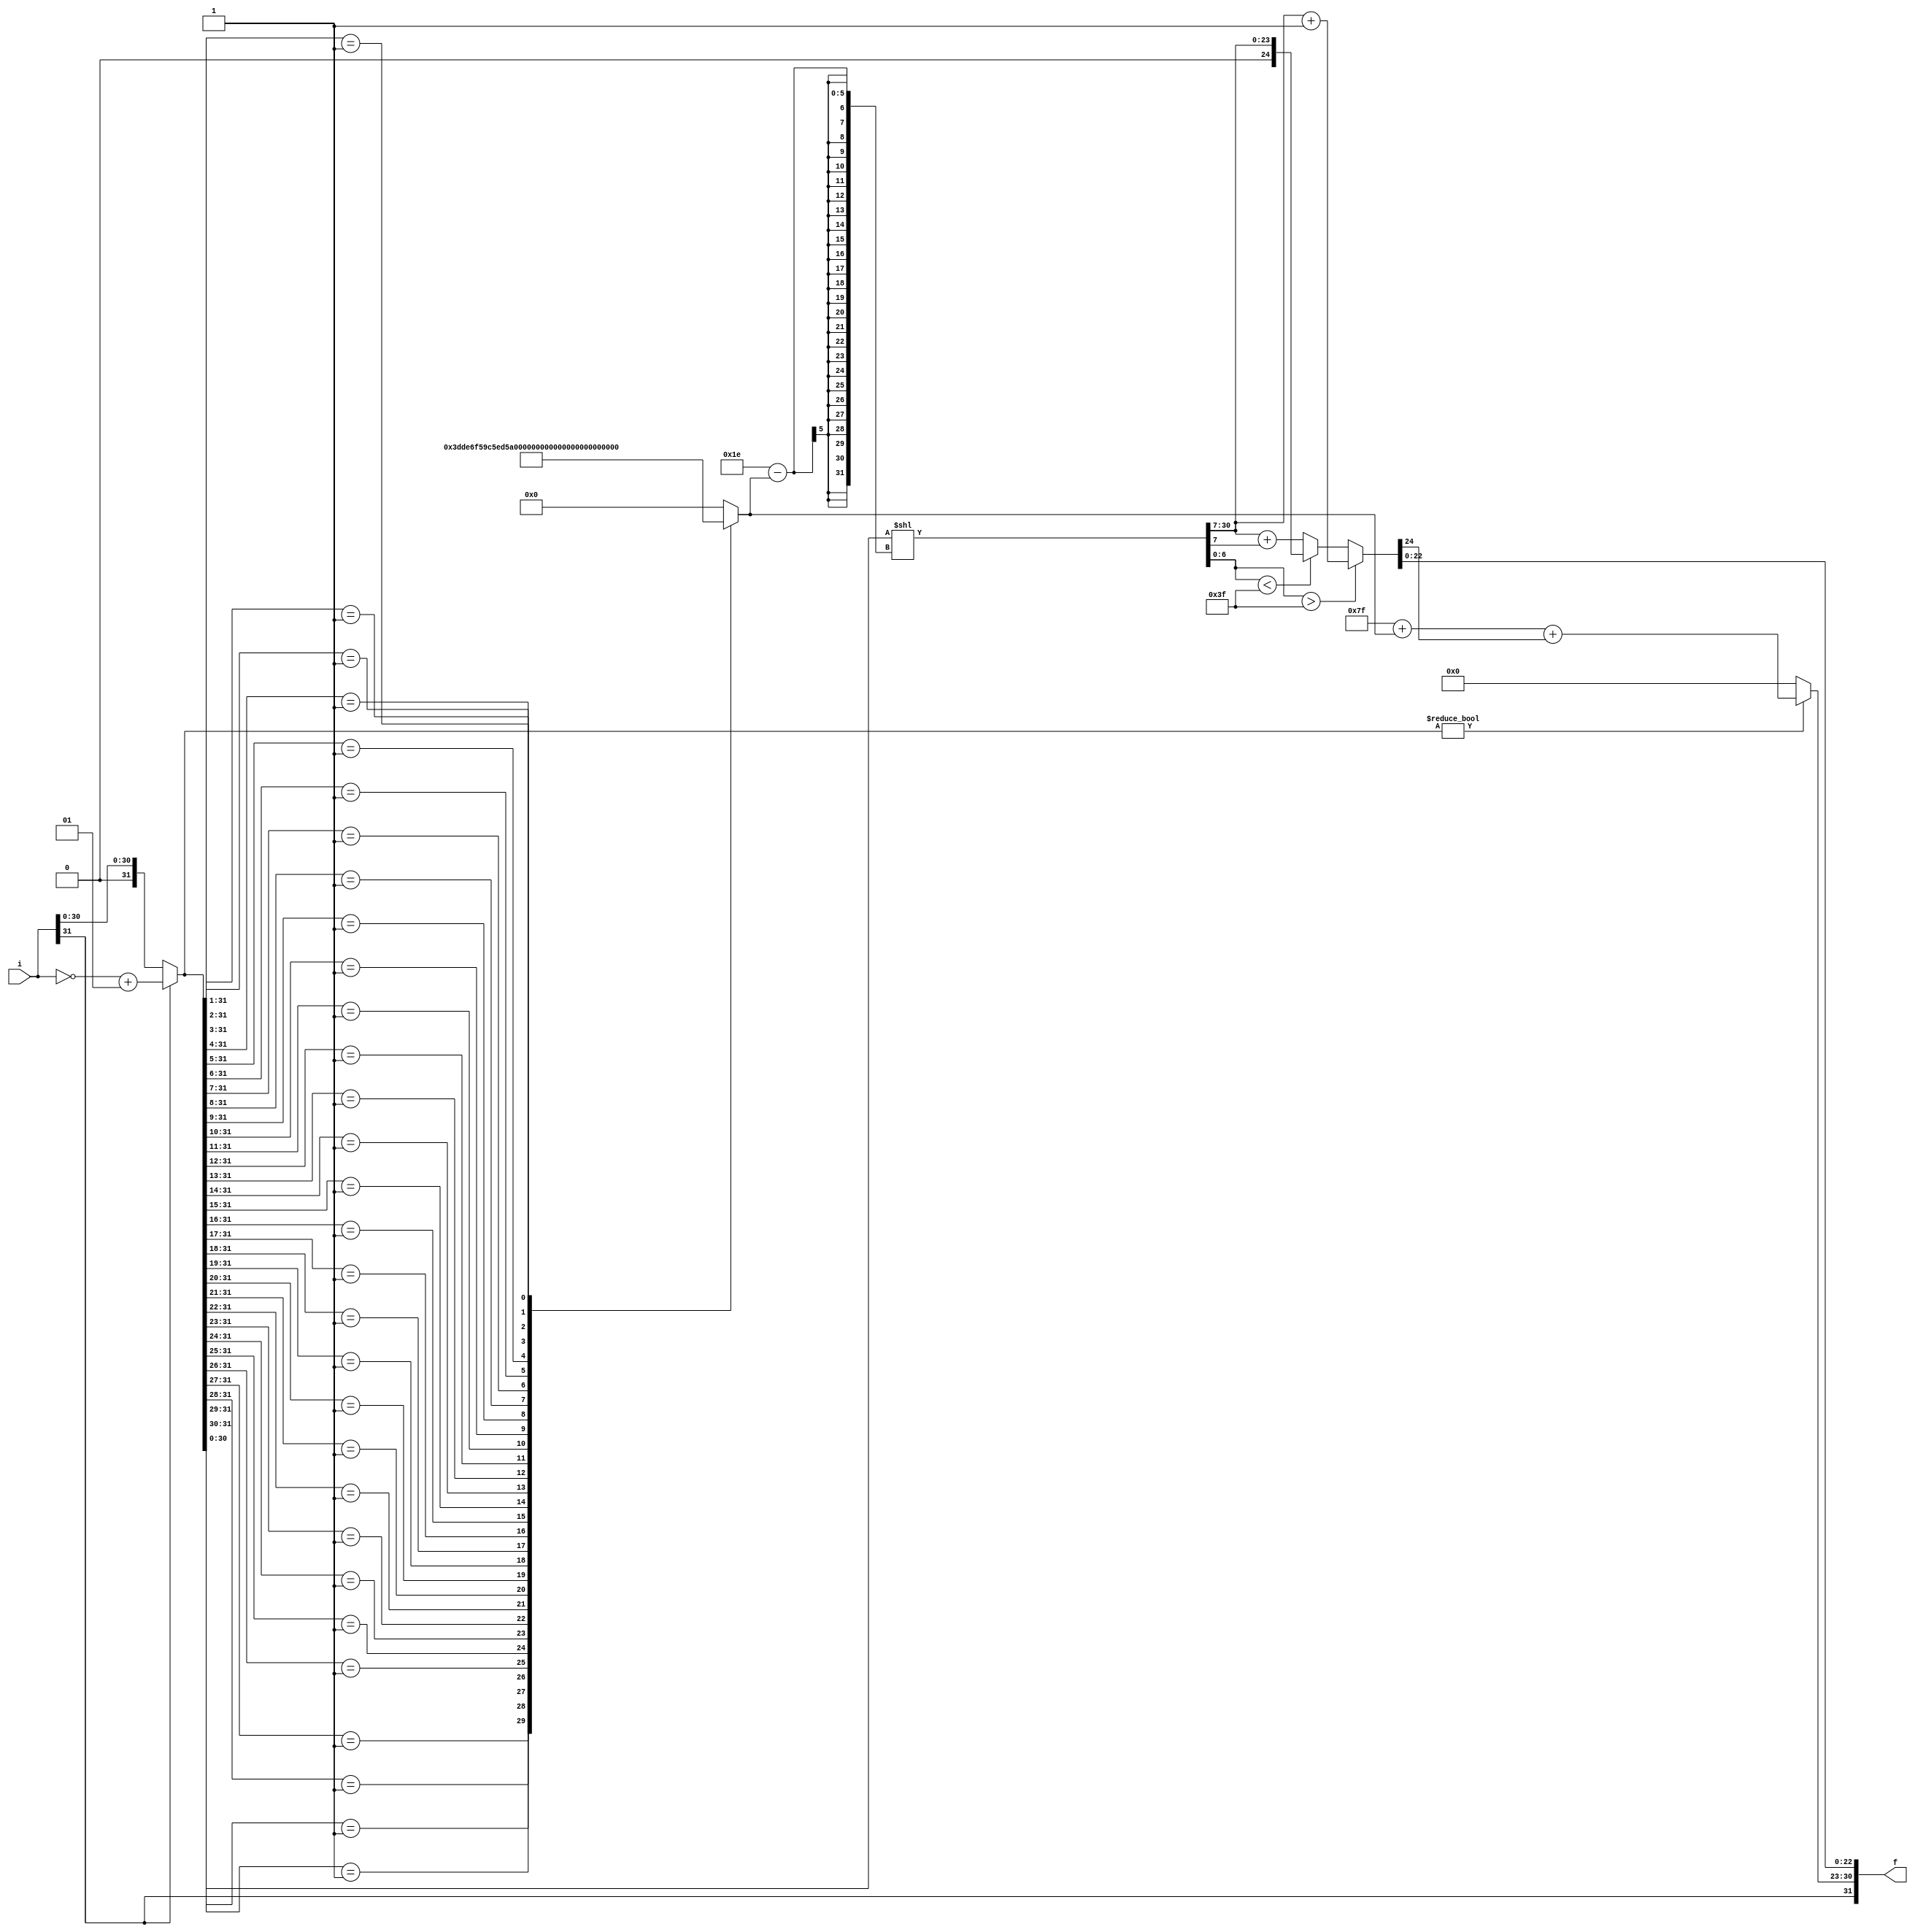
module fp_cvt(i, f);
    input wire signed [31:0] i;
    output wire [31:0] f;
    ///////////////////////////////////////////////////////////////////
    reg [7:0] fExp;
    reg [4:0] sa;
    reg [30:0] tSig; 
    reg [24:0] roSig;
    reg [31:0] i_unsigned;
    ///////////////////////////////////////////////////////////////////
    always @(*) begin
        if (i[31] == 1'b1) begin
            i_unsigned = (~i) + 1;
        end
        else begin
            i_unsigned = i;
        end
    end
    ///////////////////////////////////////////////////////////////////
    always @(i_unsigned) begin
        casez (i_unsigned)
            32'b01??????????????????????????????: sa = 5'd30;
            32'b001?????????????????????????????: sa = 5'd29;
            32'b0001????????????????????????????: sa = 5'd28;
            32'b00001???????????????????????????: sa = 5'd27;
            32'b000001??????????????????????????: sa = 5'd26;
            32'b0000001?????????????????????????: sa = 5'd25;
            32'b00000001????????????????????????: sa = 5'd24;
            32'b000000001???????????????????????: sa = 5'd23;
            32'b0000000001??????????????????????: sa = 5'd22;
            32'b00000000001?????????????????????: sa = 5'd21;
            32'b000000000001????????????????????: sa = 5'd20;
            32'b0000000000001???????????????????: sa = 5'd19;
            32'b00000000000001??????????????????: sa = 5'd18;
            32'b000000000000001?????????????????: sa = 5'd17;
            32'b0000000000000001????????????????: sa = 5'd16;
            32'b00000000000000001???????????????: sa = 5'd15;
            32'b000000000000000001??????????????: sa = 5'd14;
            32'b0000000000000000001?????????????: sa = 5'd13;
            32'b00000000000000000001????????????: sa = 5'd12;
            32'b000000000000000000001???????????: sa = 5'd11;
            32'b0000000000000000000001??????????: sa = 5'd10;
            32'b00000000000000000000001?????????: sa = 5'd9;
            32'b000000000000000000000001????????: sa = 5'd8;
            32'b0000000000000000000000001???????: sa = 5'd7;
            32'b00000000000000000000000001??????: sa = 5'd6;
            32'b000000000000000000000000001?????: sa = 5'd5;
            32'b0000000000000000000000000001????: sa = 5'd4;
            32'b00000000000000000000000000001???: sa = 5'd3;
            32'b000000000000000000000000000001??: sa = 5'd2;
            32'b0000000000000000000000000000001?: sa = 5'd1;
            default: sa = 5'd0;
        endcase
        tSig = i_unsigned[30:0] << (30 - sa);     //Normalized sig
        //Rounding to nearest (Ties To Even)
        if (tSig[6:0] > 7'b011_1111) begin        //Add 1 to the remaining bits
            roSig = tSig[30:7] + 1;
        end 
        else if (tSig[6:0] < 7'b011_1111) begin   //Do nothing
            roSig = tSig[30:7];
        end
        else begin                                //Check for tSig[7]: EVEN or ODD
            roSig = tSig[30:7] + tSig[7];
        end
        fExp =  i_unsigned ? (127 + sa + roSig[24]) : 8'b0;
    end
    assign f = {i[31] , fExp , roSig[22:0]};
endmodule